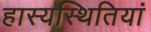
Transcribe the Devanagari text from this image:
हास्यस्थितियां